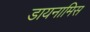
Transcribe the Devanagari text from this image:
डायनामिस